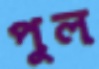
পুল